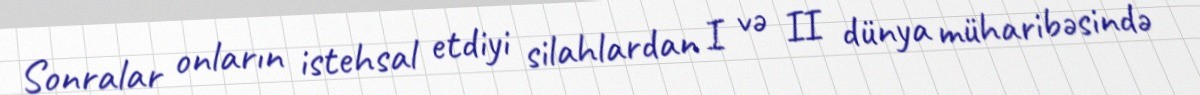
Sonralar onların istehsal etdiyi silahlardan I və II dünya müharibəsində